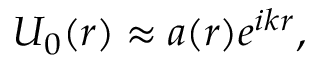
U _ { 0 } ( r ) \approx a ( r ) e ^ { i k r } ,